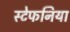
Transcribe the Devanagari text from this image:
स्टेफनिया